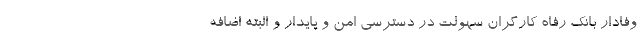
وفادار بانک رفاه کارگران سهولت در دسترسی امن و پایدار و البته اضافه